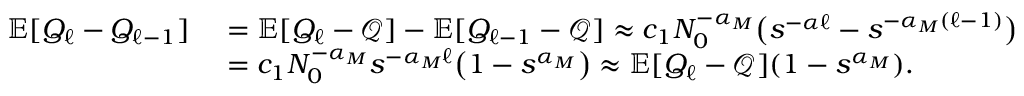
\begin{array} { r l } { { \mathbb { E } } [ Q _ { \ell } - Q _ { \ell - 1 } ] } & { \ = { \mathbb { E } } [ Q _ { \ell } - { \mathcal { Q } } ] - { \mathbb { E } } [ Q _ { \ell - 1 } - { \mathcal { Q } } ] \approx c _ { 1 } N _ { 0 } ^ { - \alpha _ { M } } \big ( s ^ { - \alpha \ell } - s ^ { - \alpha _ { M } ( \ell - 1 ) } \big ) } \\ & { \ = c _ { 1 } N _ { 0 } ^ { - \alpha _ { M } } s ^ { - \alpha _ { M } \ell } \big ( 1 - s ^ { \alpha _ { M } } \big ) \approx { \mathbb { E } } [ Q _ { \ell } - { \mathcal { Q } } ] ( 1 - s ^ { \alpha _ { M } } ) . } \end{array}